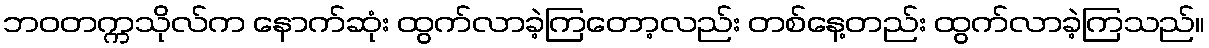
ဘဝတက္ကသိုလ်က နောက်ဆုံး ထွက်လာခဲ့ကြတော့လည်း တစ်နေ့တည်း ထွက်လာခဲ့ကြသည်။